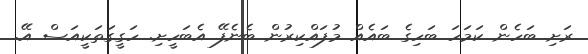
ރަށި ބަހެން ކަމަހަ ބަހިގެ ބައެއް މުފައްކިރުން ބެނެފޭ އެބަހީށި. ހަގީގަތަކީއަސް އޭ.